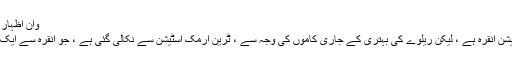
وان اظہار رائے اسٹیشنوں
سفر کا پہلا اسٹیشن انقرہ ہے ، لیکن ریلوے کی بہتری کے جاری کاموں کی وجہ سے ، ٹرین ارمک اسٹیشن سے نکالی گئی ہے ، جو انقرہ سے ایک گھنٹہ دور ہے۔